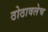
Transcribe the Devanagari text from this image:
ठोठावलेच